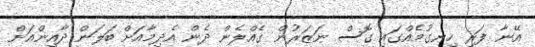
އޭނާ ފަރި ހިނގުމެއްގައި ގޮސް ނަޒަރުން ގެއްލެން ދެން އެދިމާއަށް ބަލަން ދާއިންއަށް